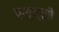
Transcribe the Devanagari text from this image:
एल्स्ट्री